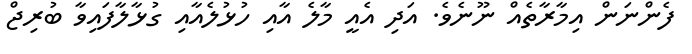
ފެންނަން އިމާރާތެއް ނޫނެވެ. އަދި އެއީ މާލެ އާއި ހުޅުލެއާއި ގުޅާލާފައިވާ ބުރިޖް